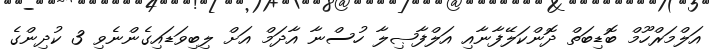
އަލްމަރްހޫމް ބޮޑިބަތް ދޮންކަލޭފާނާއި އަލްފާޞިލާ ހުސްނާ އާދަމް އަށް ލިބިވަޑައިގެންނެވި 3 ކުދިންގެ